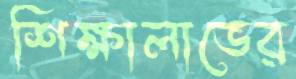
শিক্ষালাভের